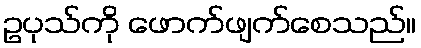
ဥပုသ်ကို ဖောက်ဖျက်စေသည်။